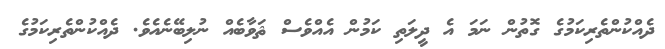
ދެއްކުންތެރިކަމުގެ ގޮތުން ނަމަ އެ ދީލަތި ކަމުން އެއްވެސް ޘަވާބެއް ނުލިބޭނެއެވެ. ދެއްކުންތެރިކަމުގެ